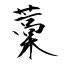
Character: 藁